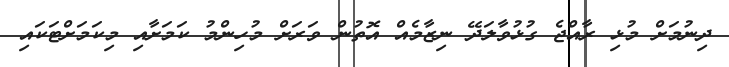
ދިނުމަށް މުޅި ރާއްޖެ ގުޅުވާލަދޭ ނިޒާމެއް އޮތުން ވަރަށް މުހިންމު ކަމަށާއި މިކަމަށްޓަކައި